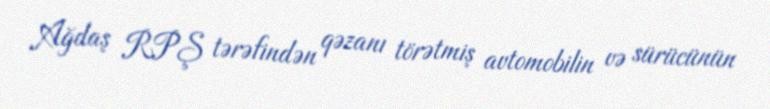
Ağdaş RPŞ tərəfindən qəzanı törətmiş avtomobilin və sürücünün